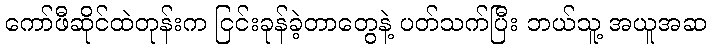
ကော်ဖီဆိုင်ထဲတုန်းက ငြင်းခုန်ခဲ့တာတွေနဲ့ ပတ်သက်ပြီး ဘယ်သူ့ အယူအဆ